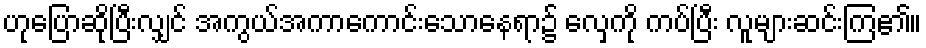
ဟုပြောဆိုပြီးလျှင် အကွယ်အကာကောင်းသောနေရာ၌ လှေကို ကပ်ပြီး လူများဆင်းကြ၏။